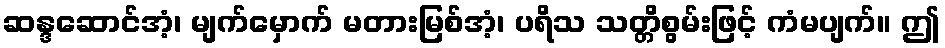
ဆန္ဒဆောင်အံ့၊ မျက်မှောက် မတားမြစ်အံ့၊ ပရိသ သတ္တိစွမ်းဖြင့် ကံမပျက်။ ဤ